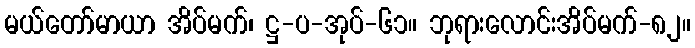
မယ်တော်မာယာ အိပ်မက်၊ ဋ္ဌ-ပ-အုပ်-၆၁။ ဘုရားလောင်းအိပ်မက်-၈၂။